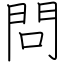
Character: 問